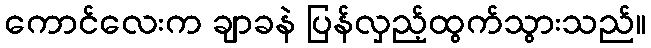
ကောင်လေးက ချာခနဲ ပြန်လှည့်ထွက်သွားသည်။